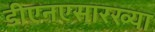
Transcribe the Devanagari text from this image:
डीएनएसारख्या